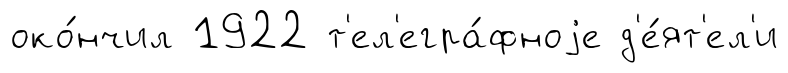
око́нчил 1922 т'ел'егра́фноjе д'е́ят'ел'и